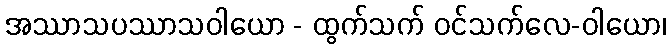
အဿာသပဿာသဝါယော - ထွက်သက် ဝင်သက်လေ-ဝါယော၊